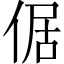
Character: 倨